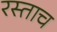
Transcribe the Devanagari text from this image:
रस्ताच